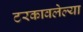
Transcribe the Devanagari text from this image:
टरकावलेल्या